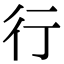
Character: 行